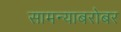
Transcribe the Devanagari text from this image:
सामन्याबरोबर